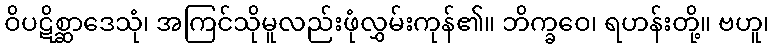
ဝိပဋိစ္ဆာဒေသုံ၊ အကြင်သိုမူလည်းဖုံလွှမ်းကုန်၏။ ဘိက္ခဝေ၊ ရဟန်းတို့။ ဗဟူ၊